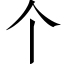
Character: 个